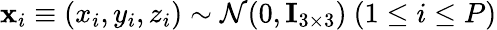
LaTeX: \mathbf{x}_{i}\equiv(x_{i},y_{i},z_{i})\sim\mathcal{N}(0,\mathbf{I}_{3\times 3})\ (1\leq i\leq P)